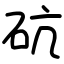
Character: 砊